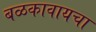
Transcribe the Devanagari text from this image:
बळकावायचा